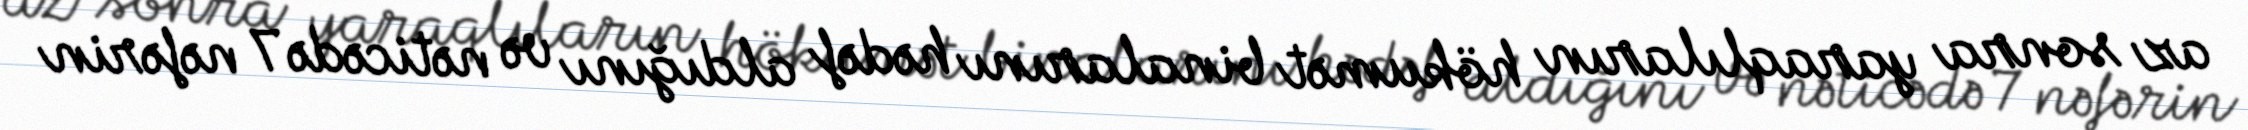
az sonra yaraqlıların hökumət binalarını hədəf aldığını və nəticədə 7 nəfərin